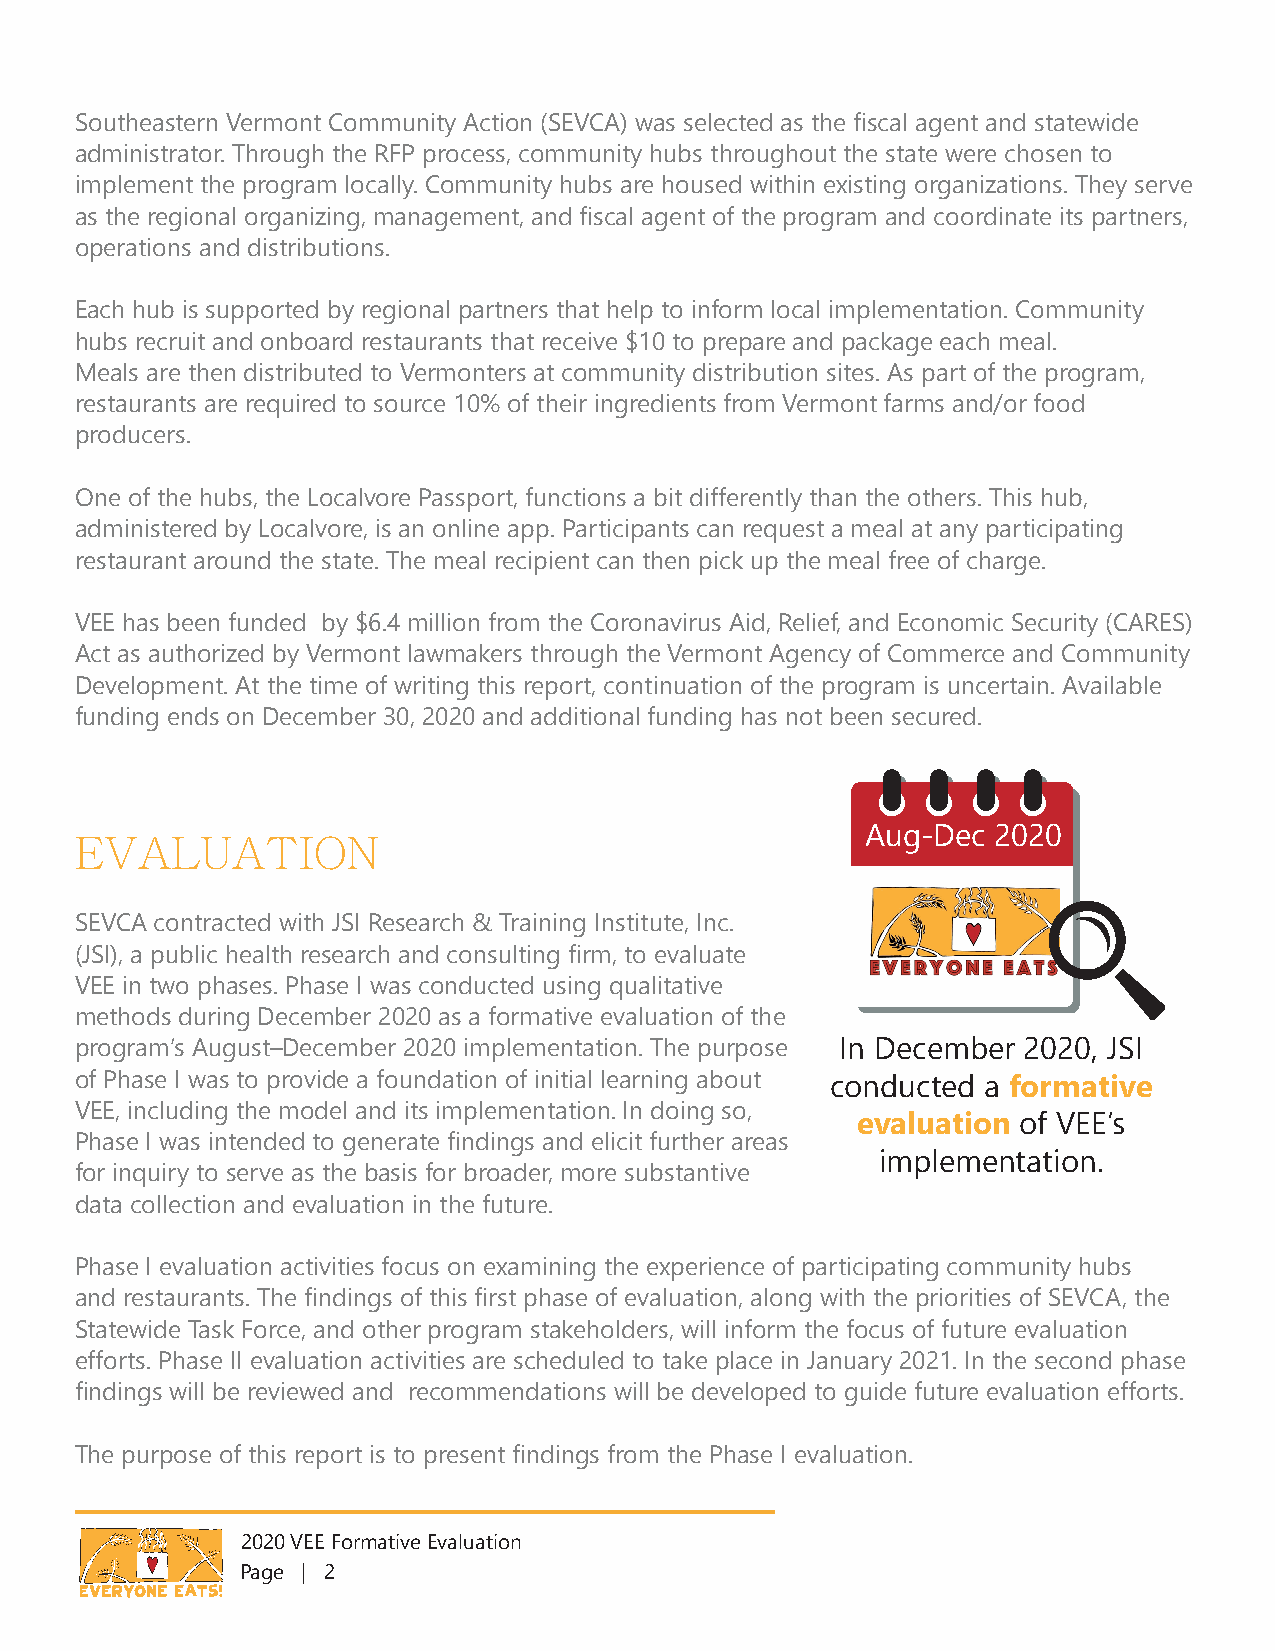
Southeastern Vermont Community Action (SEVCA) was selected as the fiscal agent and statewide
 administrator. Through the RFP process, community hubs throughout the state were chosen to
 implement the program locally. Community hubs are housed within existing organizations. They serve
 as the regional organizing, management, and fiscal agent of the program and coordinate its partners,
 operations and distributions.
 Each hub is supported by regional partners that help to inform local implementation. Community
 hubs recruit and onboard restaurants that receive $10 to prepare and package each meal.
 Meals are then distributed to Vermonters at community distribution sites. As part of the program,
 restaurants are required to source 10% of their ingredients from Vermont farms and/or food
 producers.
 One of the hubs, the Localvore Passport, functions a bit differently than the others. This hub,
 administered by Localvore, is an online app. Participants can request a meal at any participating
 restaurant around the state. The meal recipient can then pick up the meal free of charge.
 VEE has been funded by $6.4 million from the Coronavirus Aid, Relief, and Economic Security (CARES)
 Act as authorized by Vermont lawmakers through the Vermont Agency of Commerce and Community
 Development. At the time of writing this report, continuation of the program is uncertain. Available
 funding ends on December 30, 2020 and additional funding has not been secured.
 Aug-Dec  2020
 EVALUATION
 SEVCA contracted with JSI Research & Training Institute, Inc.
 (JSI), a public health research and consulting firm, to evaluate
 VEE in two phases. Phase I was conducted using qualitative
 methods during December 2020 as a formative evaluation of the
 program’s August–December 2020 implementation. The purpose In December 2020, JSI
 of Phase I was to provide a foundation of initial learning about conducted a formative
 VEE, including the model and its implementation. In doing so,
 evaluation of VEE’s
 Phase I was intended to generate findings and elicit further areas
 implementation.
 for inquiry to serve as the basis for broader, more substantive
 data collection and evaluation in the future.
 Phase I evaluation activities focus on examining the experience of participating community hubs
 and restaurants. The findings of this first phase of evaluation, along with the priorities of SEVCA, the
 Statewide Task Force, and other program stakeholders, will inform the focus of future evaluation
 efforts. Phase II evaluation activities are scheduled to take place in January 2021. In the second phase
 findings will be reviewed and recommendations will be developed to guide future evaluation efforts.
 The purpose of this report is to present findings from the Phase I evaluation.
 2020 VEE Formative Evaluation
 Page | 2